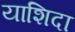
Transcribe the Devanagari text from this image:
याशिदा